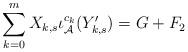
LaTeX: \begin{align*}\sum_{k=0}^{m}X_{k,s}\iota_{\mathcal{A}}^{c_{k}}(Y_{k,s}')=G+F_{2}\end{align*}